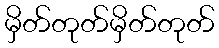
မှိတ်တုတ်မှိတ်တုတ်